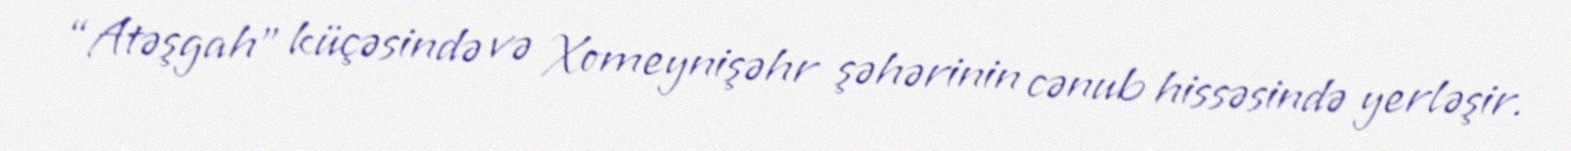
“Atəşgah” küçəsində və Xomeynişəhr şəhərinin cənub hissəsində yerləşir.